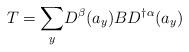
LaTeX: \begin{align*}T=\underset{y}{\sum }D^{\beta }(a_{y})BD^{\dagger \alpha }(a_{y})\end{align*}